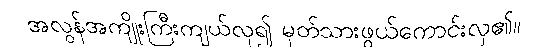
အလွန်အကျိုးကြီးကျယ်လှ၍ မှတ်သားဖွယ်ကောင်းလှ၏။